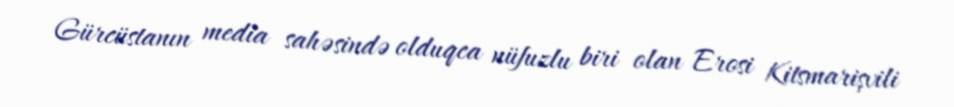
Gürcüstanın media sahəsində olduqca nüfuzlu biri olan Erosi Kitsmarişvili